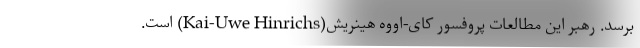
برسد. رهبر این مطالعات پروفسور کای-اووه هینریش(Kai-Uwe Hinrichs) است.